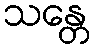
သန္တေ